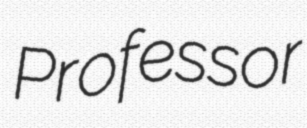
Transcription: Professor